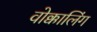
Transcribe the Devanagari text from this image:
वोक्कालिंग